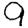
Digit: 9